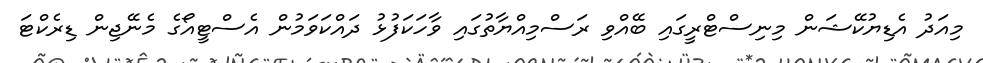
މިއަދު އެޑިޔުކޭޝަން މިނިސްޓްރީގައި ބޭއްވި ރަސްމިއްޔާތުގައި ވާހަކަފުޅު ދައްކަވަމުން އެސްޓީއޯގެ މެނޭޖިން ޑިރެކްޓަ